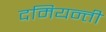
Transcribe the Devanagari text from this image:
दमियन्ती